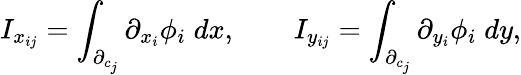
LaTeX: I_{x_{ij}}=\int_{\partial_{c_{j}}}\partial_{x_{i}}\phi_{i}\; dx,\qquad I_{y_{ij}}=\int_{\partial_{c_{j}}}\partial_{y_{i}}\phi_{i}\; dy,